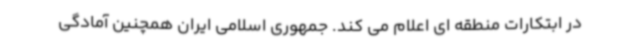
در ابتکارات منطقه ای اعلام می کند. جمهوری اسلامی ایران همچنین آمادگی